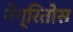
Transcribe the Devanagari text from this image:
नेग्रितोस